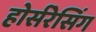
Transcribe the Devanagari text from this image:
होर्सरेसिंग